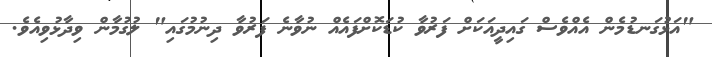
"އަޅުގަނޑުމެން އެއްވެސް ގައިދީއަކަށް ފަރުވާ ކުޑަކޮށްފައެއް ނުވާނެ ފަރުވާ ދިނުމުގައި" ލުގުމާން ވިދާޅުވިއެވެ.